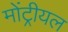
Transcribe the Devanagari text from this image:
मोंट्रीयल